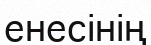
енесінің